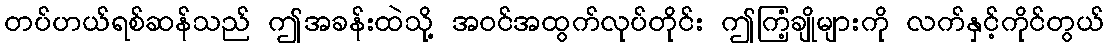
တပ်ဟယ်ရစ်ဆန်သည် ဤအခန်းထဲသို့ အဝင်အထွက်လုပ်တိုင်း ဤကြံ့ချိုများကို လက်နှင့်ကိုင်တွယ်